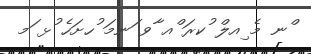
ްނ މެ ިއލް ުކރަ ްއ ާވ ަނމަ ުހށަހެ ުޅ ަމ